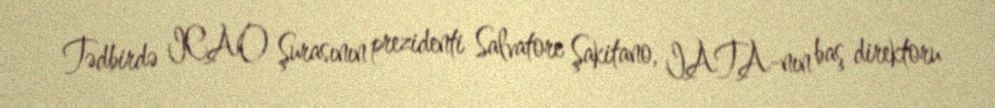
Tədbirdə ICAO Şurasının prezidenti Salvatore Şakitano, IATA-nın baş direktoru